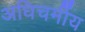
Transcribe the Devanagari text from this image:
अधिचर्मीय